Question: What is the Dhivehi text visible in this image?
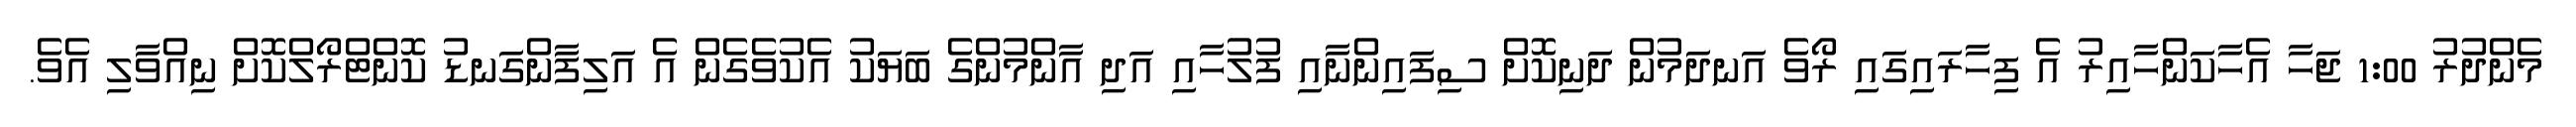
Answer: މެންދުރު 1:00 ޖަހާ އެހާކަންހާއިރު އެ ފިހާރައިގައި ރޯވެ އަނދަމުން ދަނިކޮށް ސިފައިންނާއި ފުލުހާއި އަދި އާންމުންގެ ބަޔަކު އެކުވެގެން އެ އަލިފާންގަނޑު ކޮންޓްރޯލްކޮށް ނިއްވާލި އެވެ.